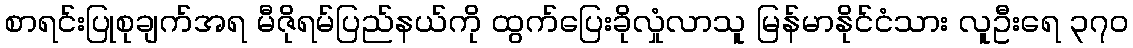
စာရင်းပြုစုချက်အရ မီဇိုရမ်ပြည်နယ်ကို ထွက်ပြေးခိုလှုံလာသူ မြန်မာနိုင်ငံသား လူဦးရေ ၃၇၀